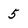
Character: 5